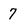
Character: 7